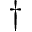
\dagger